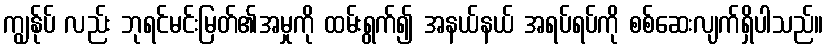
ကျွန်ုပ် လည်း ဘုရင်မင်းမြတ်၏အမှုကို ထမ်းရွက်၍ အနယ်နယ် အရပ်ရပ်ကို စစ်ဆေးလျက်ရှိပါသည်။